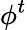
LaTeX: \phi^{t}